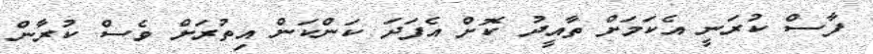
ފާސް ކުރަނީ އެކަމަށް ތާއީދު ކޮށް އެފަދަ ކަންކަން އިތުރަށް ވެސް ކުރާން